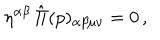
\eta ^ { \alpha \beta } \, \hat { \Pi } ( p ) _ { \alpha \beta \mu \nu } = 0 \, ,